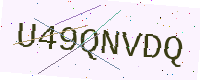
Text: U49QNVDQ